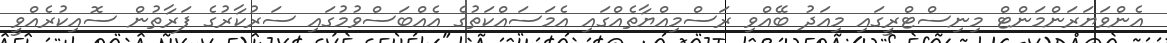
އެންވަޔަރަންމަންޓް މިނިސްޓްރީގައި މިއަދު ބޭއްވި ރަސްމިއްޔާތެއްގައި އެމަސައްކަތުގެ އެއްބަސްވުމުގައި ސަރުކާރުގެ ފަރާތުން ސޮއިކުރެއްވީ